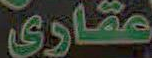
عقارى